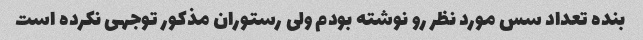
بنده تعداد سس مورد نظر رو نوشته بودم ولی رستوران مذکور توجهی نکرده است